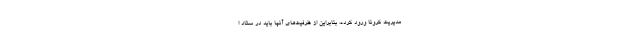
مدیریت کرونا ورود کرده، بنابراین از ظرفیت‌های آنها باید در ستاد ا